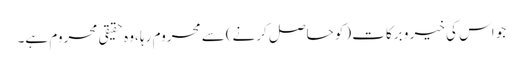
جو اس کی خیر و برکات (کو حاصل کرنے)سے محروم رہا ،وہ حقیقی محروم ہے۔